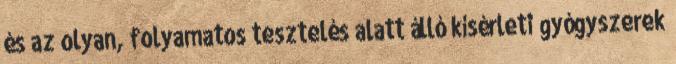
és az olyan, folyamatos tesztelés alatt álló kísérleti gyógyszerek